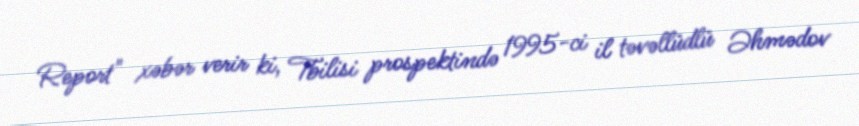
Report" xəbər verir ki, Tbilisi prospektində 1995-ci il təvəllüdlü Əhmədov